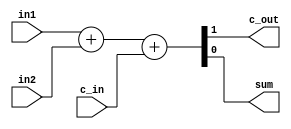
/*
Module name   : full adder
Author	      : Abdelrahman Hamza

Functionality : A simple full adder which addes 2 bit
*/
module Fulladder (input in1,
                  input in2,
                  input c_in,
                  output c_out,
                  output sum);
   assign {c_out, sum} = in1 + in2 + c_in;
endmodule